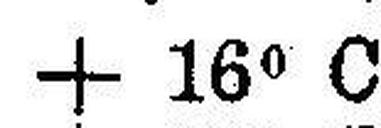
+ 16° C